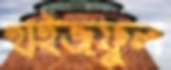
হাইজফুল